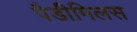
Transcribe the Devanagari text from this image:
पैडीमिलस